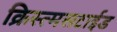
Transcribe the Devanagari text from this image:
क्रिस्त्मसटाईड